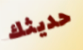
حديثك